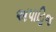
અપાહિજ